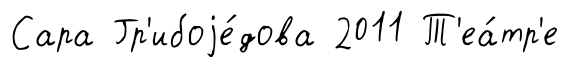
Сара Гр'ибоjе́дова 2011 Т'еа́тр'е